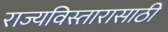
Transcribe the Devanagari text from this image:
राज्यविस्तारासाठी